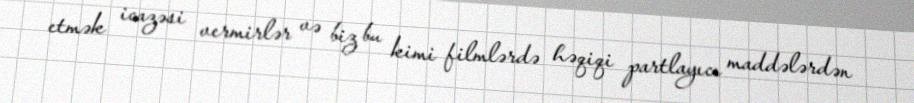
etmək icazəsi vermirlər və biz bu kimi filmlərdə həqiqi partlayıcı maddələrdən